Scottish Leaving Certificate Examination, 1961
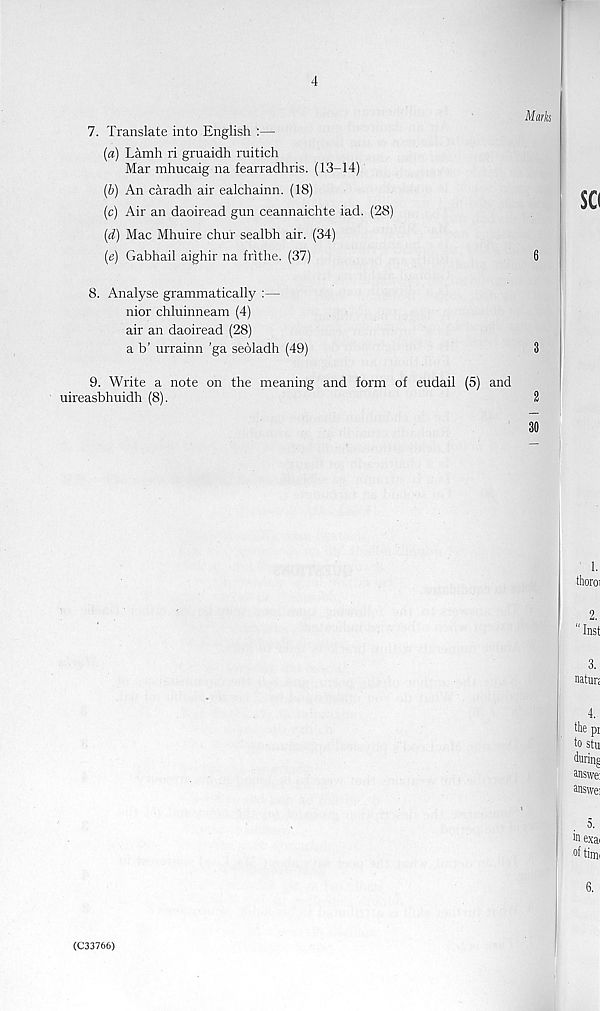
4
Marks
7. Translate into English :—
(a) Lamh ri gruaidh ruitich
Mar mhucaig na fearradhris. (13-14)
(b) An caradh air ealchainn. (18)
(c) Air an daoiread gun ceannaichte iad. (28)
(d) Mac Mhuire chur sealbh air. (34)
(e) Gabhail aighir na frithe. (37)
6
8. Analyse grammatically :—
nior chluinneam (4)
air an daoiread (28)
a b’ urrainn 'ga seoladh (49)
3
9. Write a note on the meaning and form of eudail (5) and
uireasbhuidh (8).
2
30
(C33766)